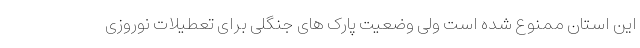
این استان ممنوع شده است ولی وضعیت پارک های جنگلی برای تعطیلات نوروزی